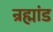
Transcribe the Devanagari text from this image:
न्रह्मांड